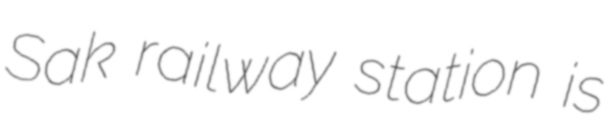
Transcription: Sak railway station is